Bréfritari: Jón Jónsson
Viðtakandi: Jón Borgfirðings Jónsson
Dagsetning: A-1856-02-28
Skrifað á: Hesti  Borg.

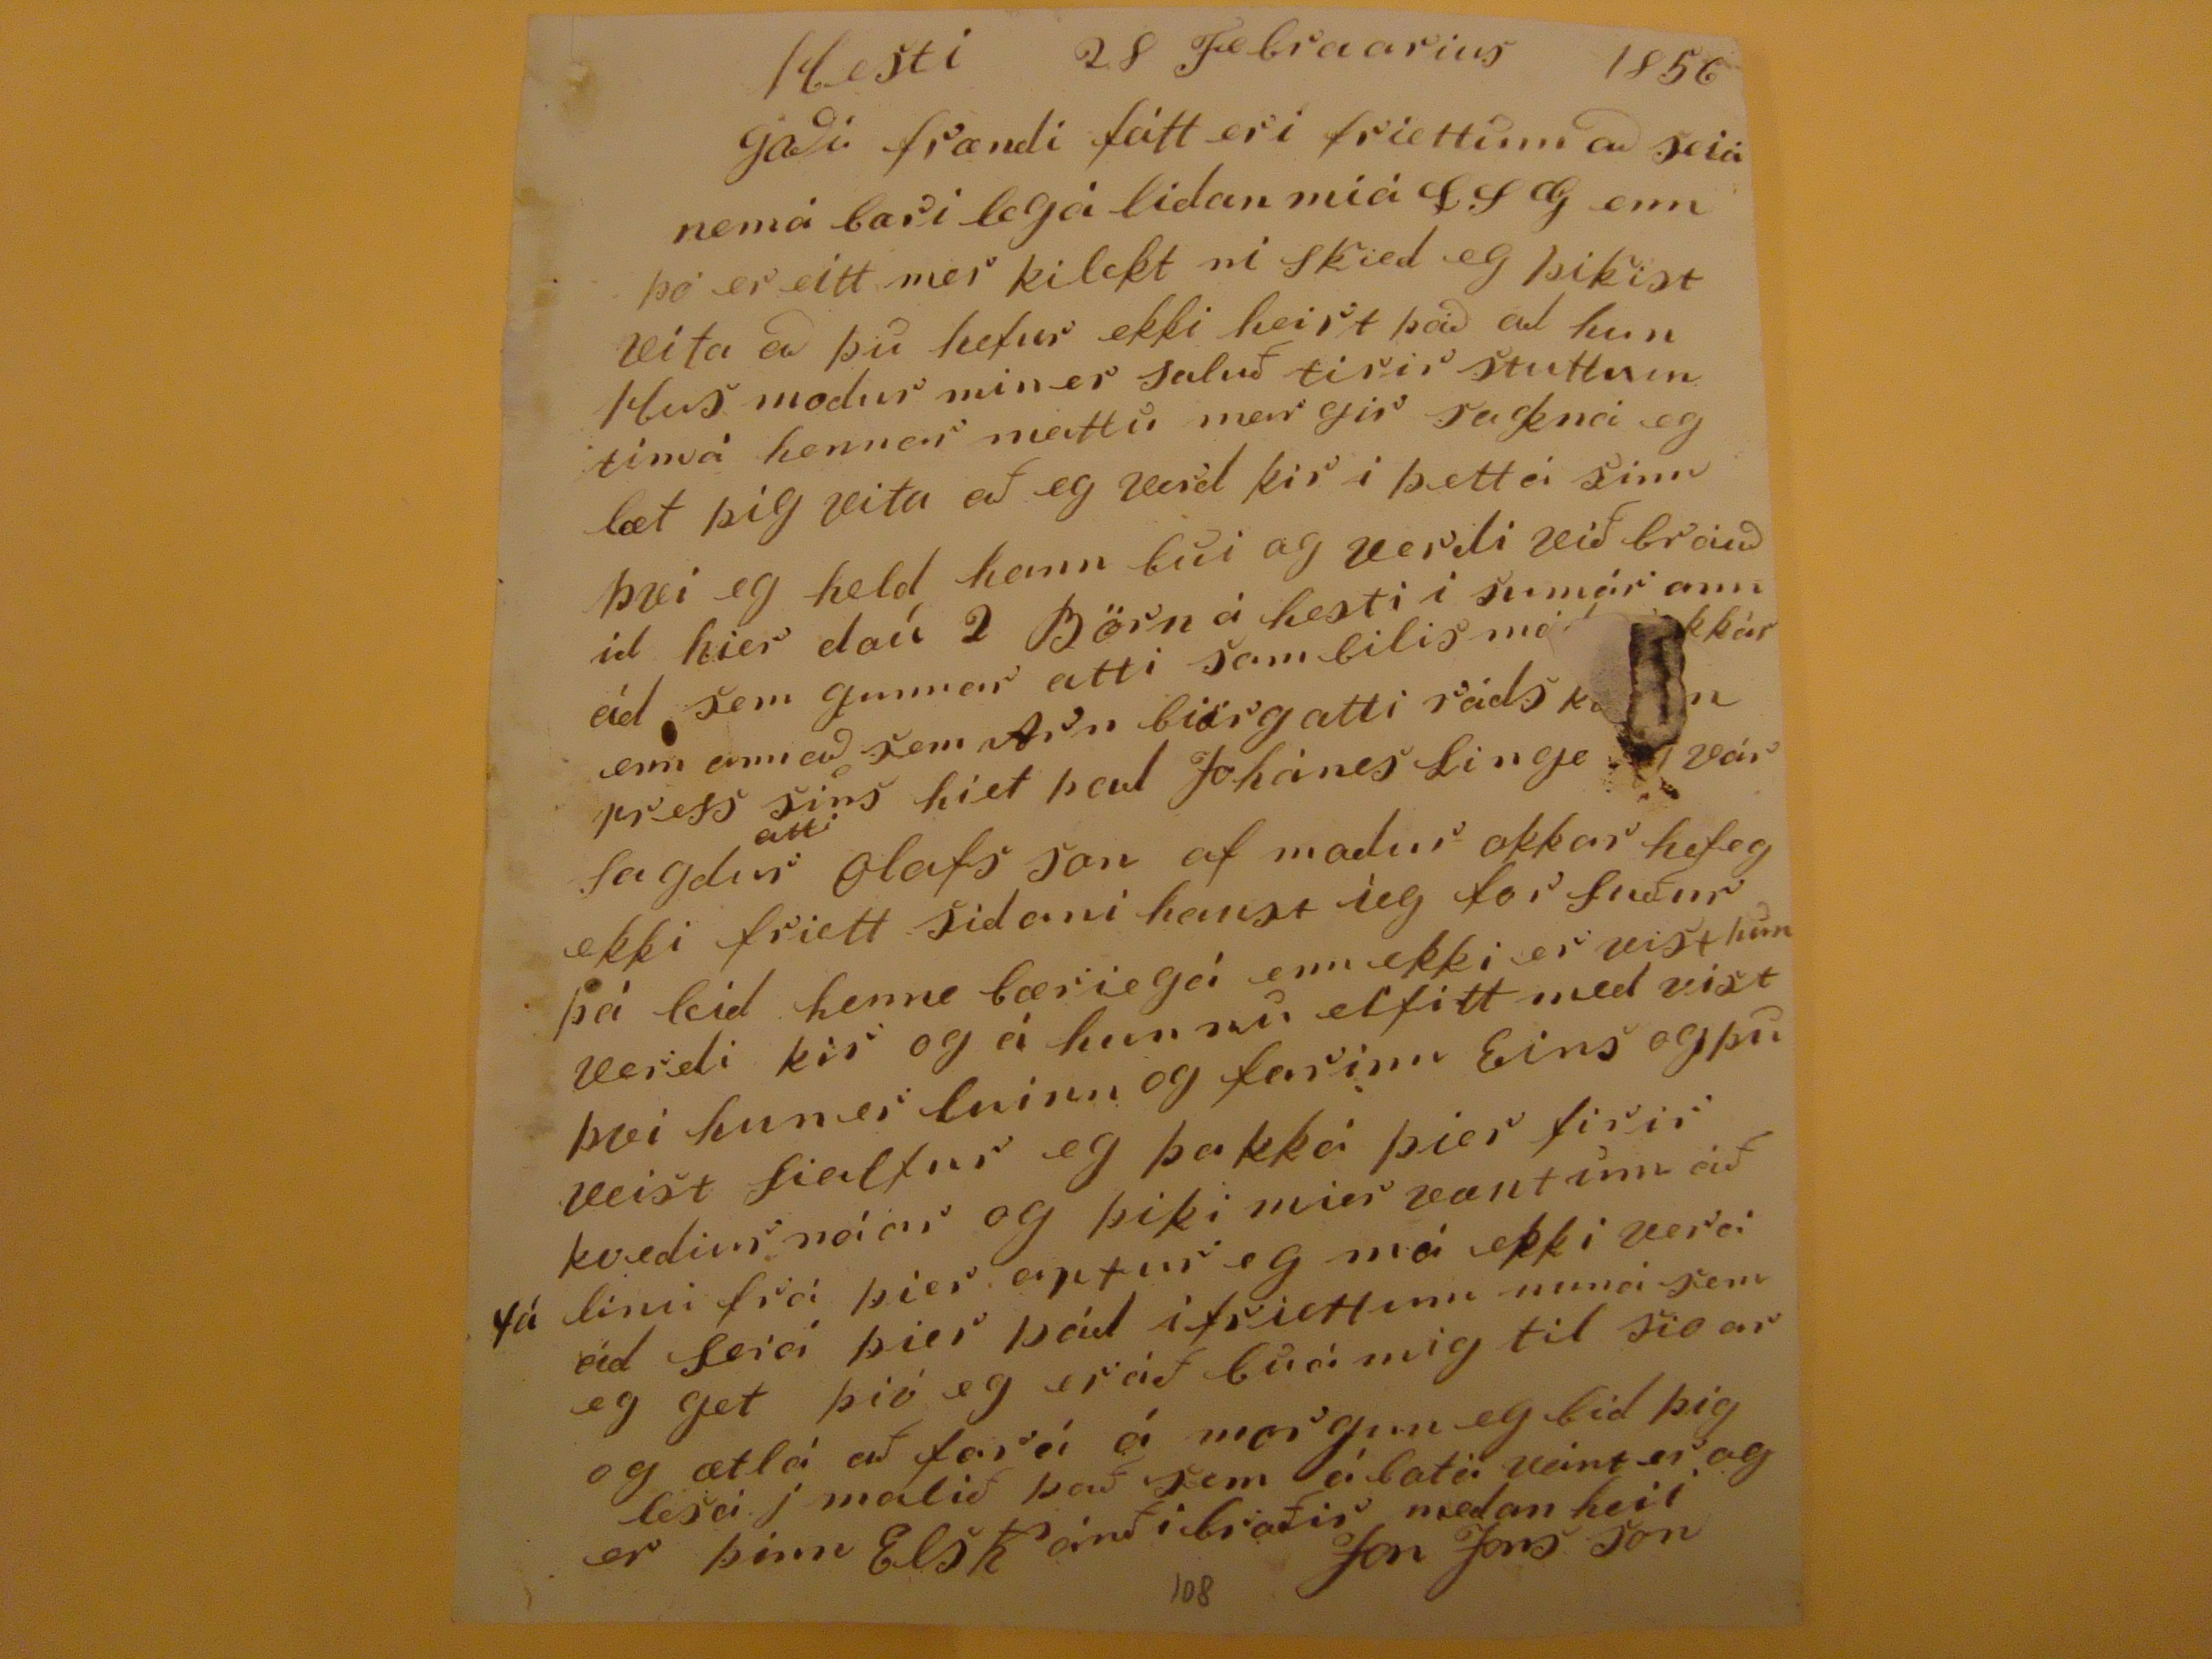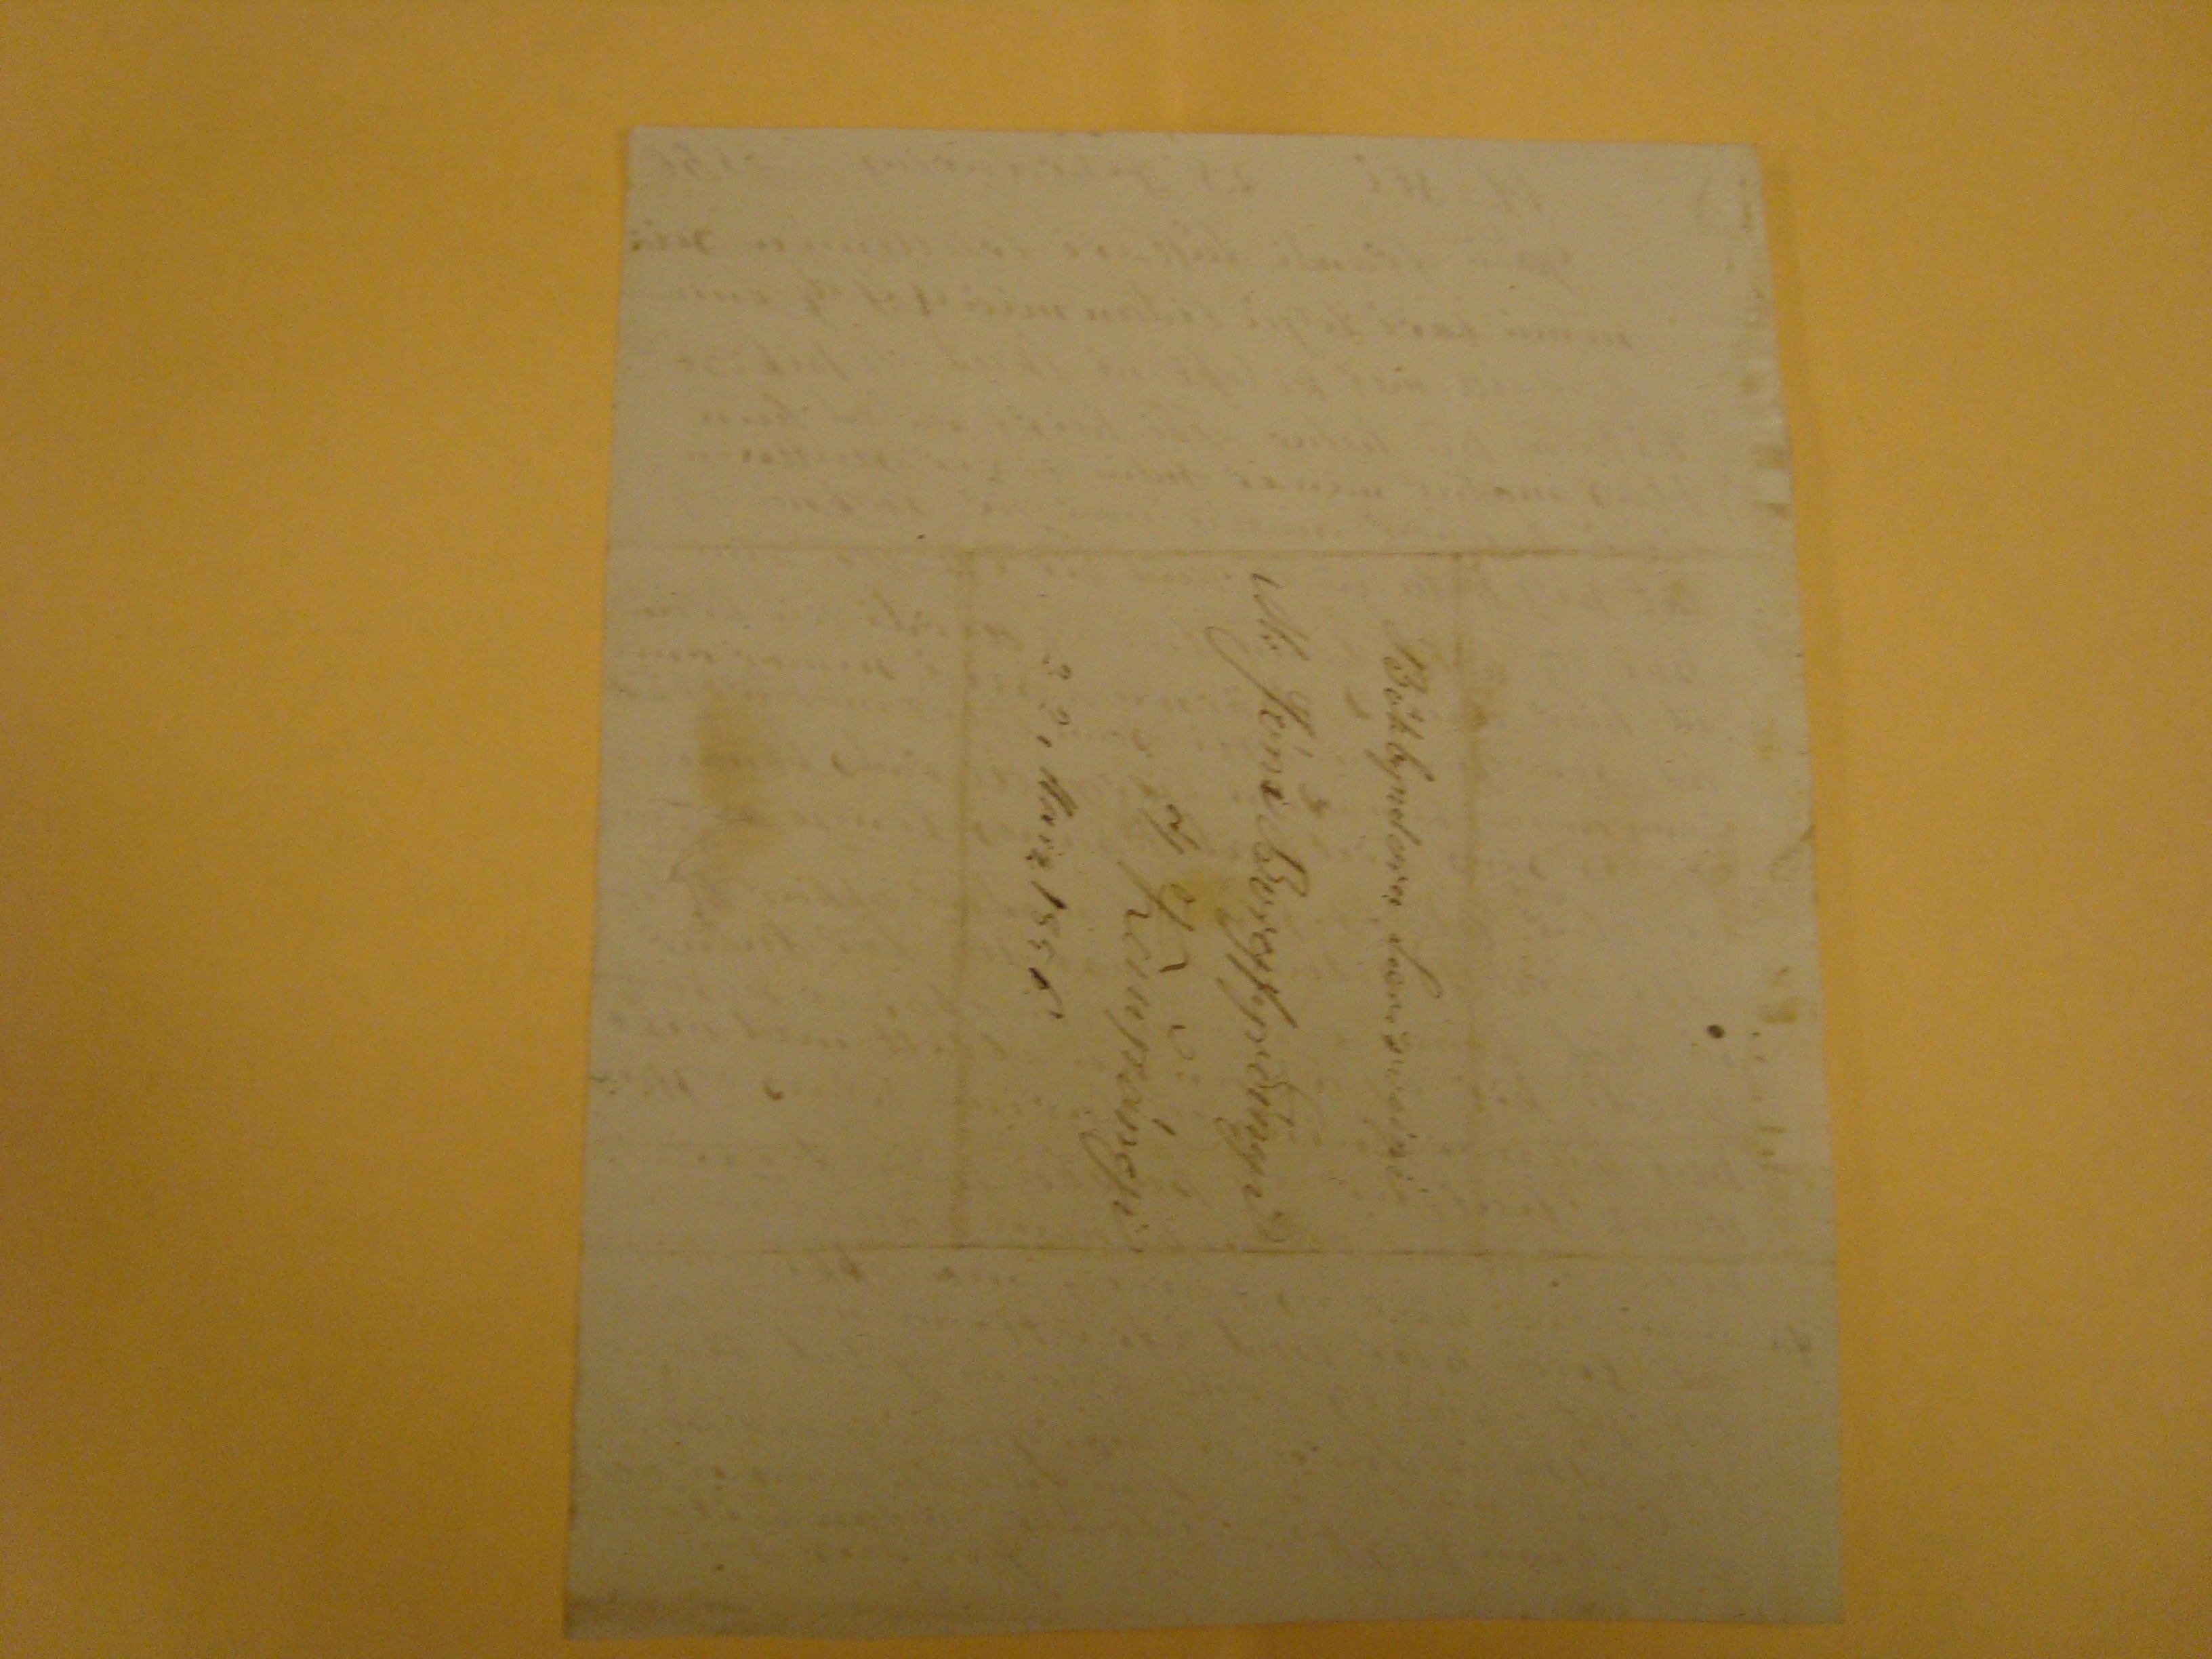

Hesti 28 Februarius 1856
Goði frændi fátt eri friettum að seia nemá bæri legá lidan miá
SSG
enn þó er eitt mer kilekt ni skied eg þikist vita að þú hefur ekki heirt það ad hun Hus modur min er saluð tirir stuttum timá hennar mattu margir sakná eg læt þig vita að eg verd kir i þettá sinn þvi eg held hann bui og verdi við brauðid hier dou 2 Börn á hesti i sumar enn ad sem gunnar atti sambilis
m??? kkar
enn annað sem Arn biörg atti rads
???
press sins hiet þad Johánes Linge
???var
sagdur
atti
Olafs son af madur okkar hef eg ekki friett sidani haust ieg for suður þá leid henne bæriega enn ekki er vist hun verdi kir og á hun nu elfitt med vist þvi hun er luinn og farinn Eins og þu veist Sialfur eg þakká þier firir kvediur
noiar
og þiki mier vænt um að fá linu frá þier aptur eg má ekki vera að seia þier það i friettum nuna sem eg get þiv eg er að bua mig til sioar og ætla að fara á morgun eg bid þig lesa j malið það sem á bata vant er og er þinn Elskanði broðir meðan heii
Jon Jons son
Bókbyndara
Lærisveini
Hr Jóni BOregfyrðíngi
á/ Kaupángi
3 2, Marz 1856